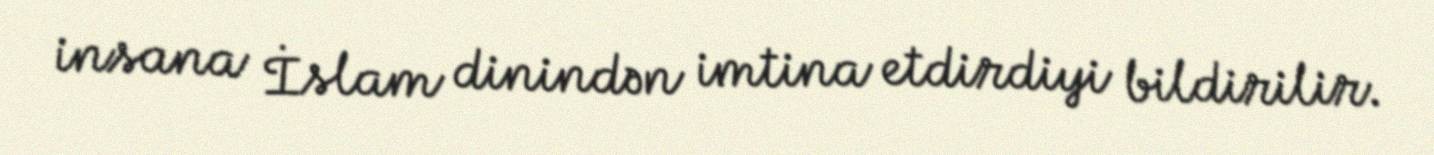
insana İslam dinindən imtina etdirdiyi bildirilir.